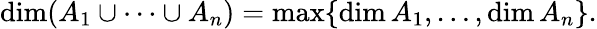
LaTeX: \dim(A_{1}\cup\dotsb\cup A_{n})=\operatorname*{max}\{ \dim A_{1},\dots,\dim A_{n}\} .